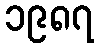
၁၉၈၇